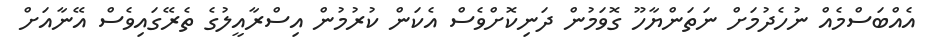
އެއްބަސްމެއް ނުހެދުމަށް ނަތަންޔާހޫ ގޮވަމުން ދަނިކޮށްވެސް އެކަން ކުރުމުން އިސްރާއީލުގެ ތެރޭގައިވެސް އޭނާއަށް